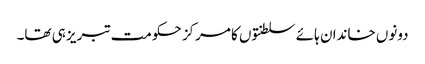
دونوں خاندان ہائے سلطنتوں کا مرکز حکومت تبریز ہی تھا۔